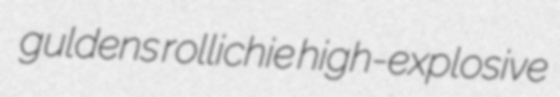
guldens rollichie high-explosive